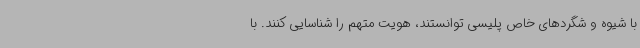
با شیوه و شگردهای خاص پلیسی توانستند، هویت متهم را شناسایی کنند. با